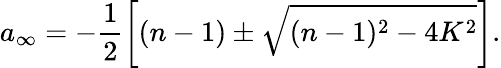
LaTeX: a_{\infty}=-\frac 12\left[(n-1)\pm\sqrt{(n-1)^{2}-4K^{2}}\right].